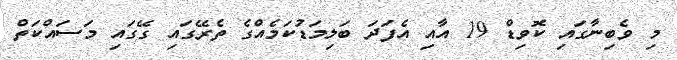
މި ވެބިނާގައި ކޮވިޑް 19 އާއި އެފަދަ ބަލިމަޑުކަމެއްގެ ތެރޭގައި ގޭގައި މަސައްކަތް